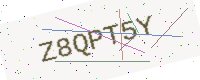
Text: Z8QPT5Y